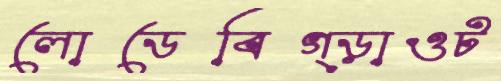
লোডেবিগ্‌ড়াওট